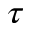
\tau